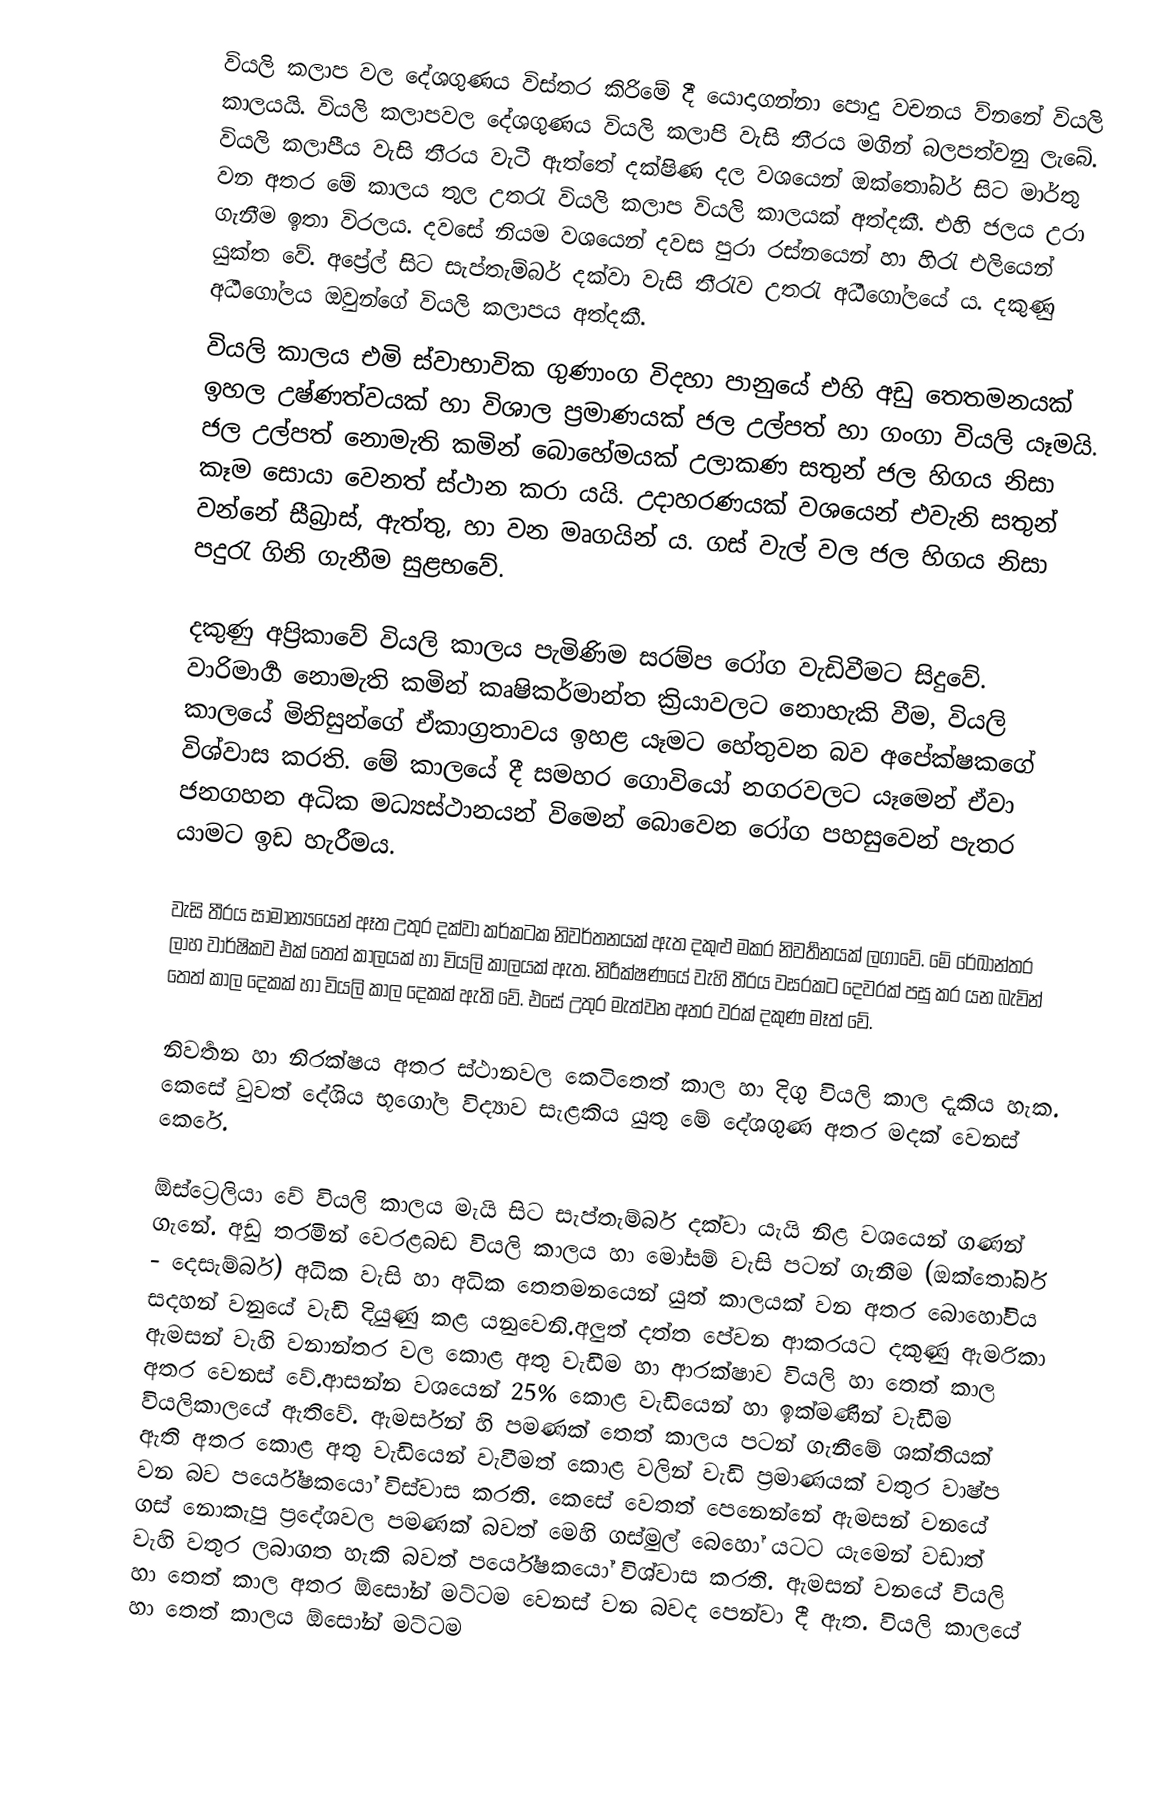
වියලි කලාප වල දේශගුණය විස්තර කිරිමේ දී යොදාගන්නා පොදු වචනය ව්නනේ වියලි කාලයයි. වියලි කලාපවල දේශගුණය වියලි කලාපි වැසි තීරය මගින්  බලපත්වනු ලැබේ. වියලි කලාපීය වැසි තීරය වැටී ඇත්තේ දක්ෂිණ දල වශයෙන්  ඔක්තෝබර් සිට මාර්තු වන අතර මේ කාලය තුල උතරැ වියලි කලාප වියලි කාලයක් අත්දකී. එහි ජලය උරා ගැනීම ඉතා විරලය. දවසේ නියම වශයෙන් දවස පුරා රස්නයෙන් හා හිරැ එලියෙන්  යුක්ත වේ.  අප්‍රේල් සිට සැප්තැම්බර් දක්වා වැසි තීරැව උතරැ අර්‍ධගෝලයේ ය. දකුණු අර්‍ධගෝලය ඔවුන්ගේ වියලි කලාපය අත්දකී.
වියලි කාලය එමි ස්වාභාවික ගුණාංග  විදහා පානුයේ එහි අඩු තෙතමනයක් ඉහල උෂ්ණත්වයක් හා විශාල ප්‍රමාණයක් ජල  උල්පත් හා ගංගා වියලි යෑමයි. ජල උල්පත් නොමැති කමින් බොහේමයක් උලාකණ සතුන් ජල හිගය නිසා කෑම සොයා වෙනත් ස්ථාන කරා යයි. උදාහරණයක් වශයෙන්  එවැනි සතුන් වන්නේ සීබ්‍රාස්, ඇත්තු, හා වන මෘගයින් ය. ගස් වැල් වල ජල හිගය නිසා පදුරැ ගිනි ගැනීම සුළභවේ.

දකුණු අප්‍රිකාවේ වියලි කාලය පැමිණිම සරම්ප රෝග වැඩිවීමට සිදුවේ. වාරිමාර්‍ග නොමැති කමින් කෘෂිකර්මාන්ත ක්‍රියාවලට නොහැකි වීම, වියලි කාලයේ මිනිසුන්ගේ ඒකාග්‍රතාවය ඉහළ යෑමට හේතුවන බව අපේක්ෂකගේ විශ්වාස කරති. මේ කාලයේ දී සමහර ගොවියෝ නගරවලට යෑමෙන් ඒවා  ජනගහන අධික මධ්‍යස්ථානයන් විමෙන් බොවෙන රෝග පහසුවෙන් පැතර යාමට ඉඩ හැරීමය.

වැසි තීරය සාමාන්‍යයෙන් ඈත උතුර දක්වා කර්කටක නිවර්තනයක් ඇත දකුළු මකර නිවර්‍තනයක් ලගාවේ. මේ රේඛාන්තර ලාහ වාර්ෂිකව එක් තෙත් කාලයක් හා වියලි කාලයක් ඇත. නිරීක්ෂණයේ වැහි තීරය වසරකට  දෙවරක් පසු  කර යන බැවින් තෙත් කාල දෙකක් ‍හා වියලි කාල දෙකක් ඇති වේ. එසේ උතුර මැත්වන අතර වරක් දකුණ මෑත් වේ.

නිවර්‍තන හා නිරක්ෂය අතර ස්ථානවල කෙටිතෙත් කාල හා දිගු වියලි කාල දැකිය හැක. කෙසේ වුවත් දේශිය භූගෝල විද්‍යාව සැළකිය යුතු මේ දේශගුණ අතර මදක් වෙනස් කෙරේ.

ඕස්ට්‍රෙලියා වේ වියලි කාලය මැයි සිට සැප්තැම්බර් දක්වා යැයි නිළ වශයෙන් ගණන් ගැනේ. අඩු තරමින්  වෙරළබඩ  වියලි කාලය හා මෝසම් වැසි පටන් ගැනීම (ඔක්තෝබර් - දෙසැම්බර්) අධික වැසි හා අධික තෙතමනයෙන් යුත් කාලයක් වන අතර බොහෝවිය සදහන් වනුයේ වැඩි දියුණු කළ යනුවෙනි.අලුත් දත්ත පේවන ආකරයට දකුණු ඇමරිකා ඇමසන් වැහි වනාන්තර වල කොළ අතු වැඩීම  හා ආරක්ෂාව  වියලි හා තෙත් කාල අතර වෙනස් වේ.ආසන්න වශයෙන් 25% කොළ වැඩියෙන් හා ඉක්මණින් වැඩීම වියලිකාලයේ ඇතිවේ. ඇමර්සන් හි පමණක් තෙත් කාලය පටන් ගැනීමේ ශක්තියක් ඇති අතර කොළ අතු වැඩියෙන් වැවීමත් කොළ වලින් වැඩි ප්‍රමාණයක් වතුර වාෂ්ප වන බව පර්යේෂකයෝ  විස්වාස කරති. ‍කෙසේ වෙතත් පෙනෙන්නේ ඇමසන්  වනයේ ගස් නොකැපු ප්‍රදේශවල පමණක් බවත් මෙහි ගස්මුල් බෙහෝ යටට යැමෙන් වඩාත් වැහි වතුර ලබාගත හැකි බවත් පර්යේෂකයෝ විශ්වාස කරති. ඇමසන්  වනයේ වියලි හා තෙත් කාල අතර ඕසෝන් මට්ටම වෙනස් වන බවද පෙන්වා දී ඇත. වියලි කාලයේ ‍හා තෙත් කාලය ඕසෝන් මට්ටම